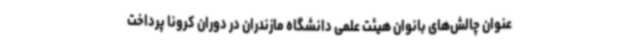
عنوان چالش‌های بانوان هیئت علمی دانشگاه مازندران در دوران کرونا پرداخت